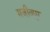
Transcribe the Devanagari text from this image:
मजीवपुर